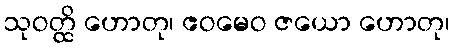
သုဝတ္ထိ ဟောတု၊ ဧဝမေဝ ဇယော ဟောတု၊